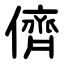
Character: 儕